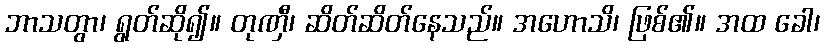
ဘာသတွာ၊ ရွတ်ဆို၍။ တုဏှီ၊ ဆိတ်ဆိတ်နေသည်။ အဟောသိ၊ ဖြစ်၏။ အထ ခေါ၊